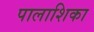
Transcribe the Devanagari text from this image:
पालाशिका